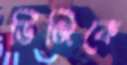
ডিজিকে